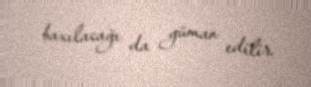
baxılacağı da güman edilir.